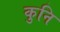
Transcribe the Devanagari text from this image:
कुनि